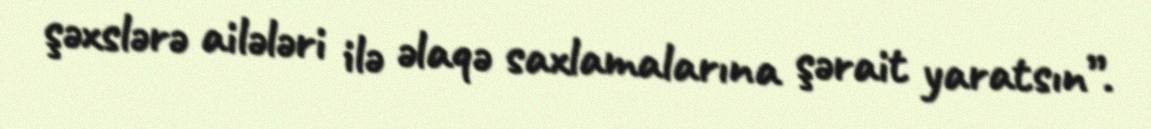
şəxslərə ailələri ilə əlaqə saxlamalarına şərait yaratsın”.